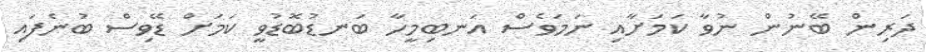
ދަރިން ބޭނުން ނުވާ ކަމަށާއި ނަމަވެސް އަނބިމީހާ ބަނޑުބޮޑުވީ ކަމަށް ޑޭވިސް ބުނެފައި